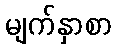
မျက်နှာစာ